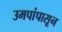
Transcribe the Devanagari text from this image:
उमपांपासून